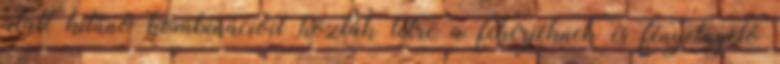
alatt kitűnő kombinációit hozták létre a fehérjéknek és fényelnyelő